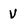
Character: V